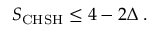
\begin{array} { r } { S _ { \mathrm { C H S H } } \le 4 - 2 \Delta \; . } \end{array}